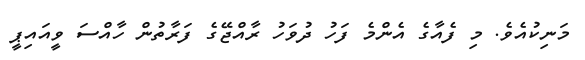
މަނިކުއެވެ. މި ފެއާގެ އެންމެ ފަހު ދުވަހު ރާއްޖޭގެ ފަރާތުން ހާއްސަ ވީއައިޕީ